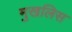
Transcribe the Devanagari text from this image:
मुखलिस